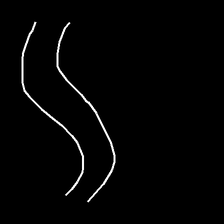
Glyph: float